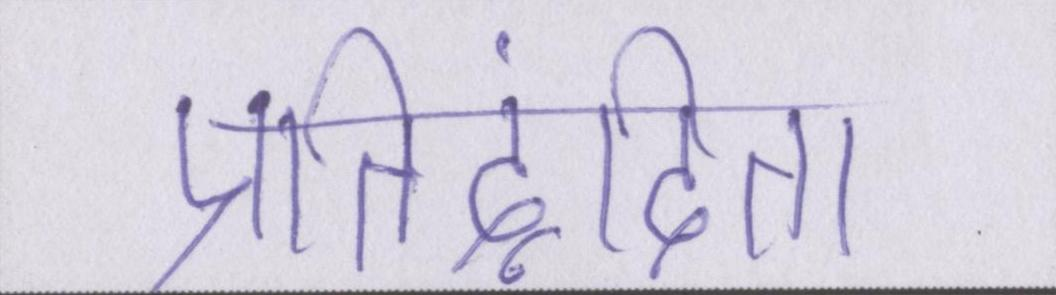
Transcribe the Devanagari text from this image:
प्रतिद्वंदिता